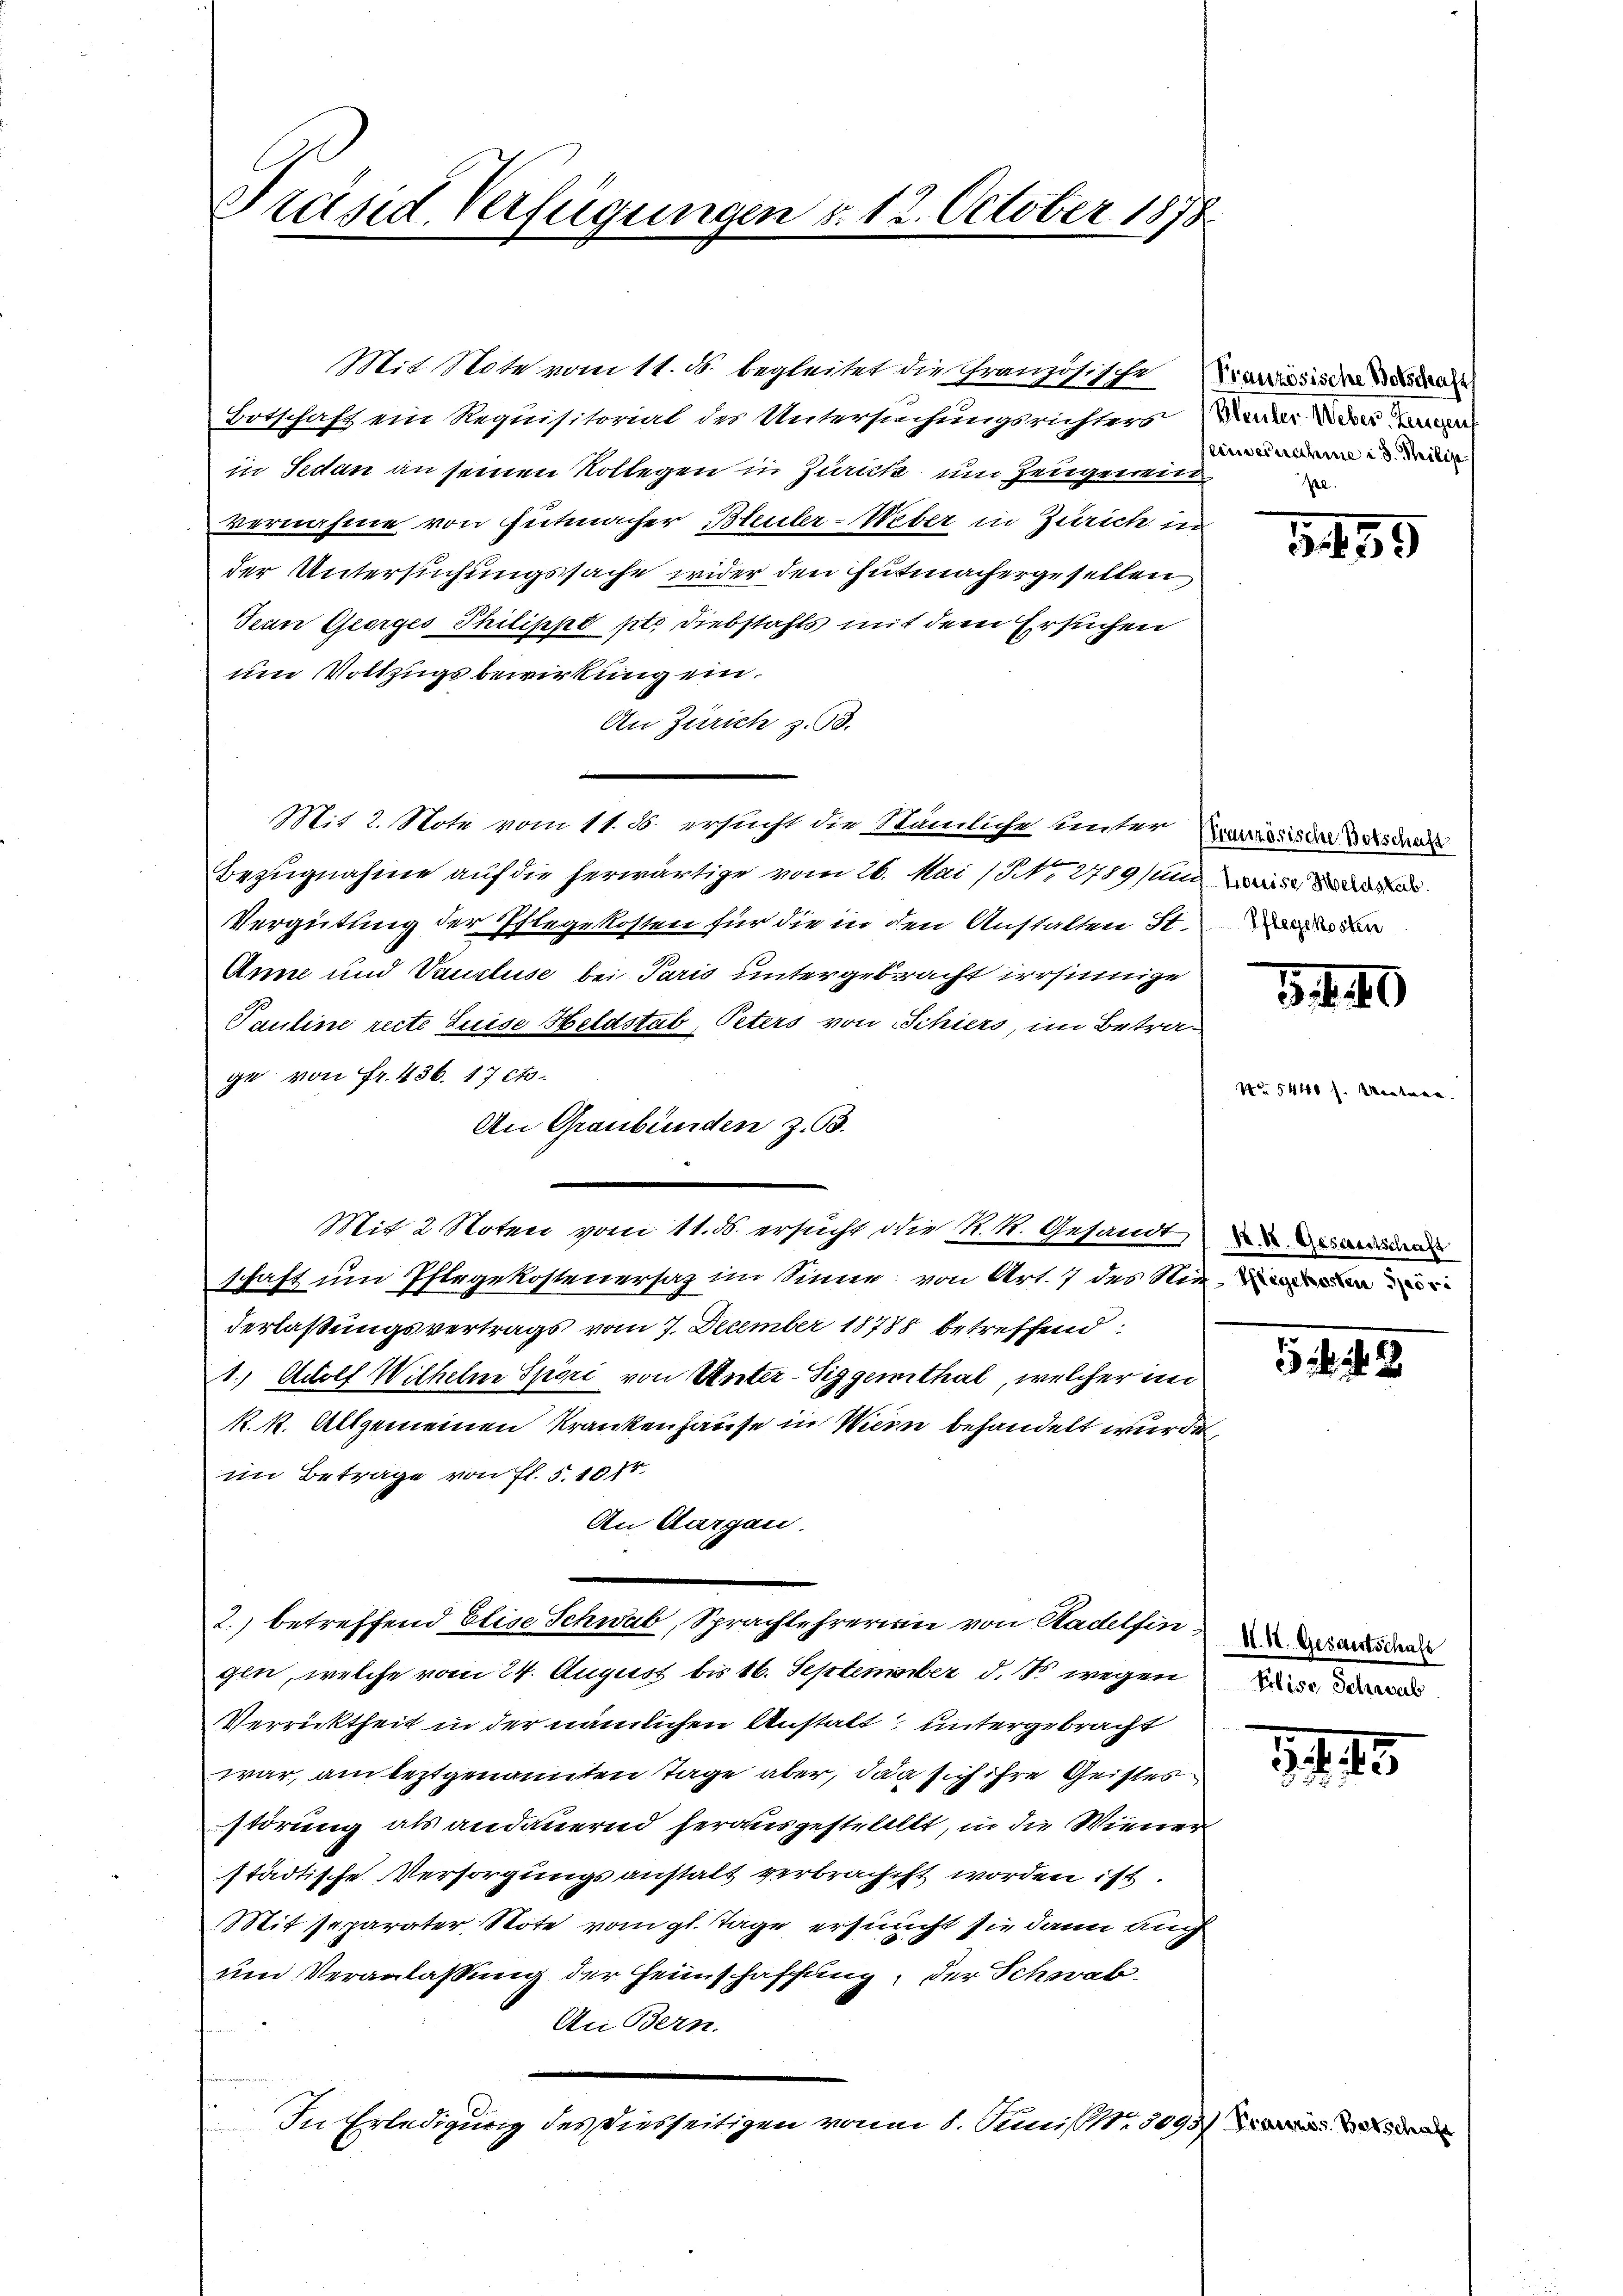
Präsid. Verfügungen d. 12. October 1878

in Sedan an seinen Kollegen in Zürich um Zeugenend
vernahme von Gutmacher Bleuler-Ueber in Zürich in
der Untersuchungssache wider den Hutmachergesellen
Jean Georges Philippo pt. Diebstahls mit dem Ersuchen
um Vollzugsbewirkung ein.
An Zürich z. 93.
Mit 2. Mote vom 11. B. ersucht die Stümliche unter Kieses der Bedenk
Bezugnahme auf die herwärtige vom 26. Mai (Nr. 2789 um e
Vergütung der Pflegekosten für die in den Anstalten St.
Anne und Vauzluse bei Paris untergebracht irrsinnige
Pauline recte Luise Heldstab, Peters von Schiers, im Betrage von Fr. 436. 17 cto¬
An Graubünden z. B.
Mit 2 Noten vom 11. ds. ersucht die K. K. Gesandt ein
schaft um Pflegekostenersaz im Sinne von Art. 7 des Nieden
derlassungsvertrags vom 7. December 18788 betreffend:
21.) Adolf Wilhelm Spori von Unter-Siggenthal, welcher im
R. k. Allgemeinen Krankenhause in Wiern behandelt wurde,
im Betrage von fl. 5. 1074.
An Aargau.
2.) betreffend Elise Schwab, Sprachlehrerin von Radelfindesiden
gli, welche vom 24. August bis 16. September d. So wegen
Verricktheit in der nämlichen Anstalt, untergebracht
war, am leztgenannten Tage aber, dan sich ihre Geistes
störung als andauernd herausgestelllet, in die Wiener
städtische Versorgungsanstalt verbrachst worden ist.
Sit separater Note vom gl. Tage ersucht sie dann auch
um Veranlassung der Heimschaffung, der Schwab
An Bern.
.
In Erledigung des Diesseitigen von 1. Simist. 3093)

Mit 11 tote vom 11. d. begleitet die Französischeina
Ertschaft ein Requisitorial des Untersuchungsrichters er die all

einvernahme in d. Meilis
pe.

3459

14. 40

3 . 43

Prise, Schwab

14 15

No. 5440 f. entner.